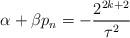
LaTeX: \begin{align*}\alpha +\beta p_{n}=-\frac{2^{2k+2}}{\tau ^{2}} \end{align*}